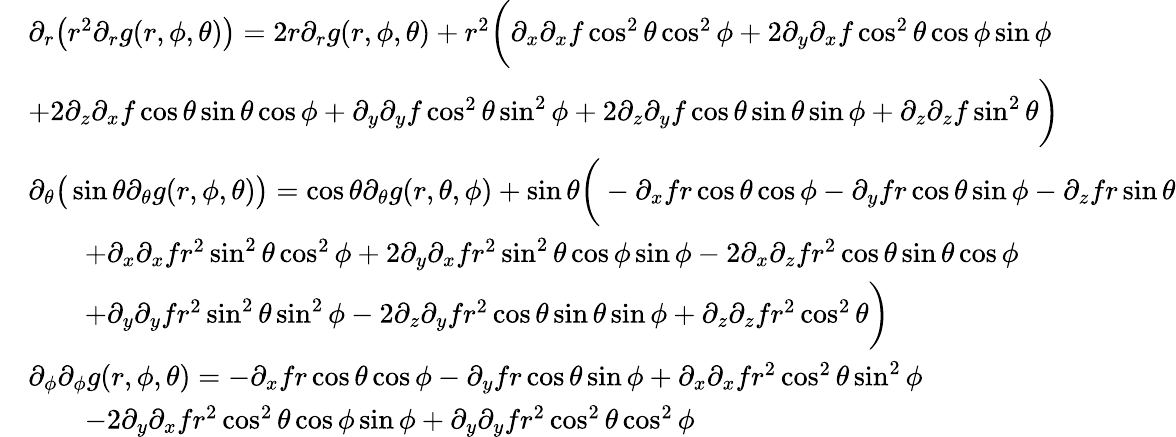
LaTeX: \begin{array}{rl}&{\partial_{r}\big(r^{2}\partial_{r}g(r,\phi,\theta)\big)=2r\partial_{r}g(r,\phi,\theta)+r^{2}\bigg(\partial_{x}\partial_{x}f\cos^{2}\theta\cos^{2}\phi+2\partial_{y}\partial_{x}f\cos^{2}\theta\cos\phi\sin\phi}\\ &{+2\partial_{z}\partial_{x}f\cos\theta\sin\theta\cos\phi+\partial_{y}\partial_{y}f\cos^{2}\theta\sin^{2}\phi+2\partial_{z}\partial_{y}f\cos\theta\sin\theta\sin\phi+\partial_{z}\partial_{z}f\sin^{2}\theta\bigg)}\\ &{\partial_{\theta}\big(\sin\theta\partial_{\theta}g(r,\phi,\theta)\big)=\cos\theta\partial_{\theta}g(r,\theta,\phi)+\sin\theta\bigg(-\partial_{x}fr\cos\theta\cos\phi-\partial_{y}fr\cos\theta\sin\phi-\partial_{z}fr\sin\theta}\\ &{\qquad+\partial_{x}\partial_{x}fr^{2}\sin^{2}\theta\cos^{2}\phi+2\partial_{y}\partial_{x}fr^{2}\sin^{2}\theta\cos\phi\sin\phi-2\partial_{x}\partial_{z}fr^{2}\cos\theta\sin\theta\cos\phi}\\ &{\qquad+\partial_{y}\partial_{y}fr^{2}\sin^{2}\theta\sin^{2}\phi-2\partial_{z}\partial_{y}fr^{2}\cos\theta\sin\theta\sin\phi+\partial_{z}\partial_{z}fr^{2}\cos^{2}\theta\bigg)}\\ &{\partial_{\phi}\partial_{\phi}g(r,\phi,\theta)=-\partial_{x}fr\cos\theta\cos\phi-\partial_{y}fr\cos\theta\sin\phi+\partial_{x}\partial_{x}fr^{2}\cos^{2}\theta\sin^{2}\phi}\\ &{\qquad-2\partial_{y}\partial_{x}fr^{2}\cos^{2}\theta\cos\phi\sin\phi+\partial_{y}\partial_{y}fr^{2}\cos^{2}\theta\cos^{2}\phi}\end{array}